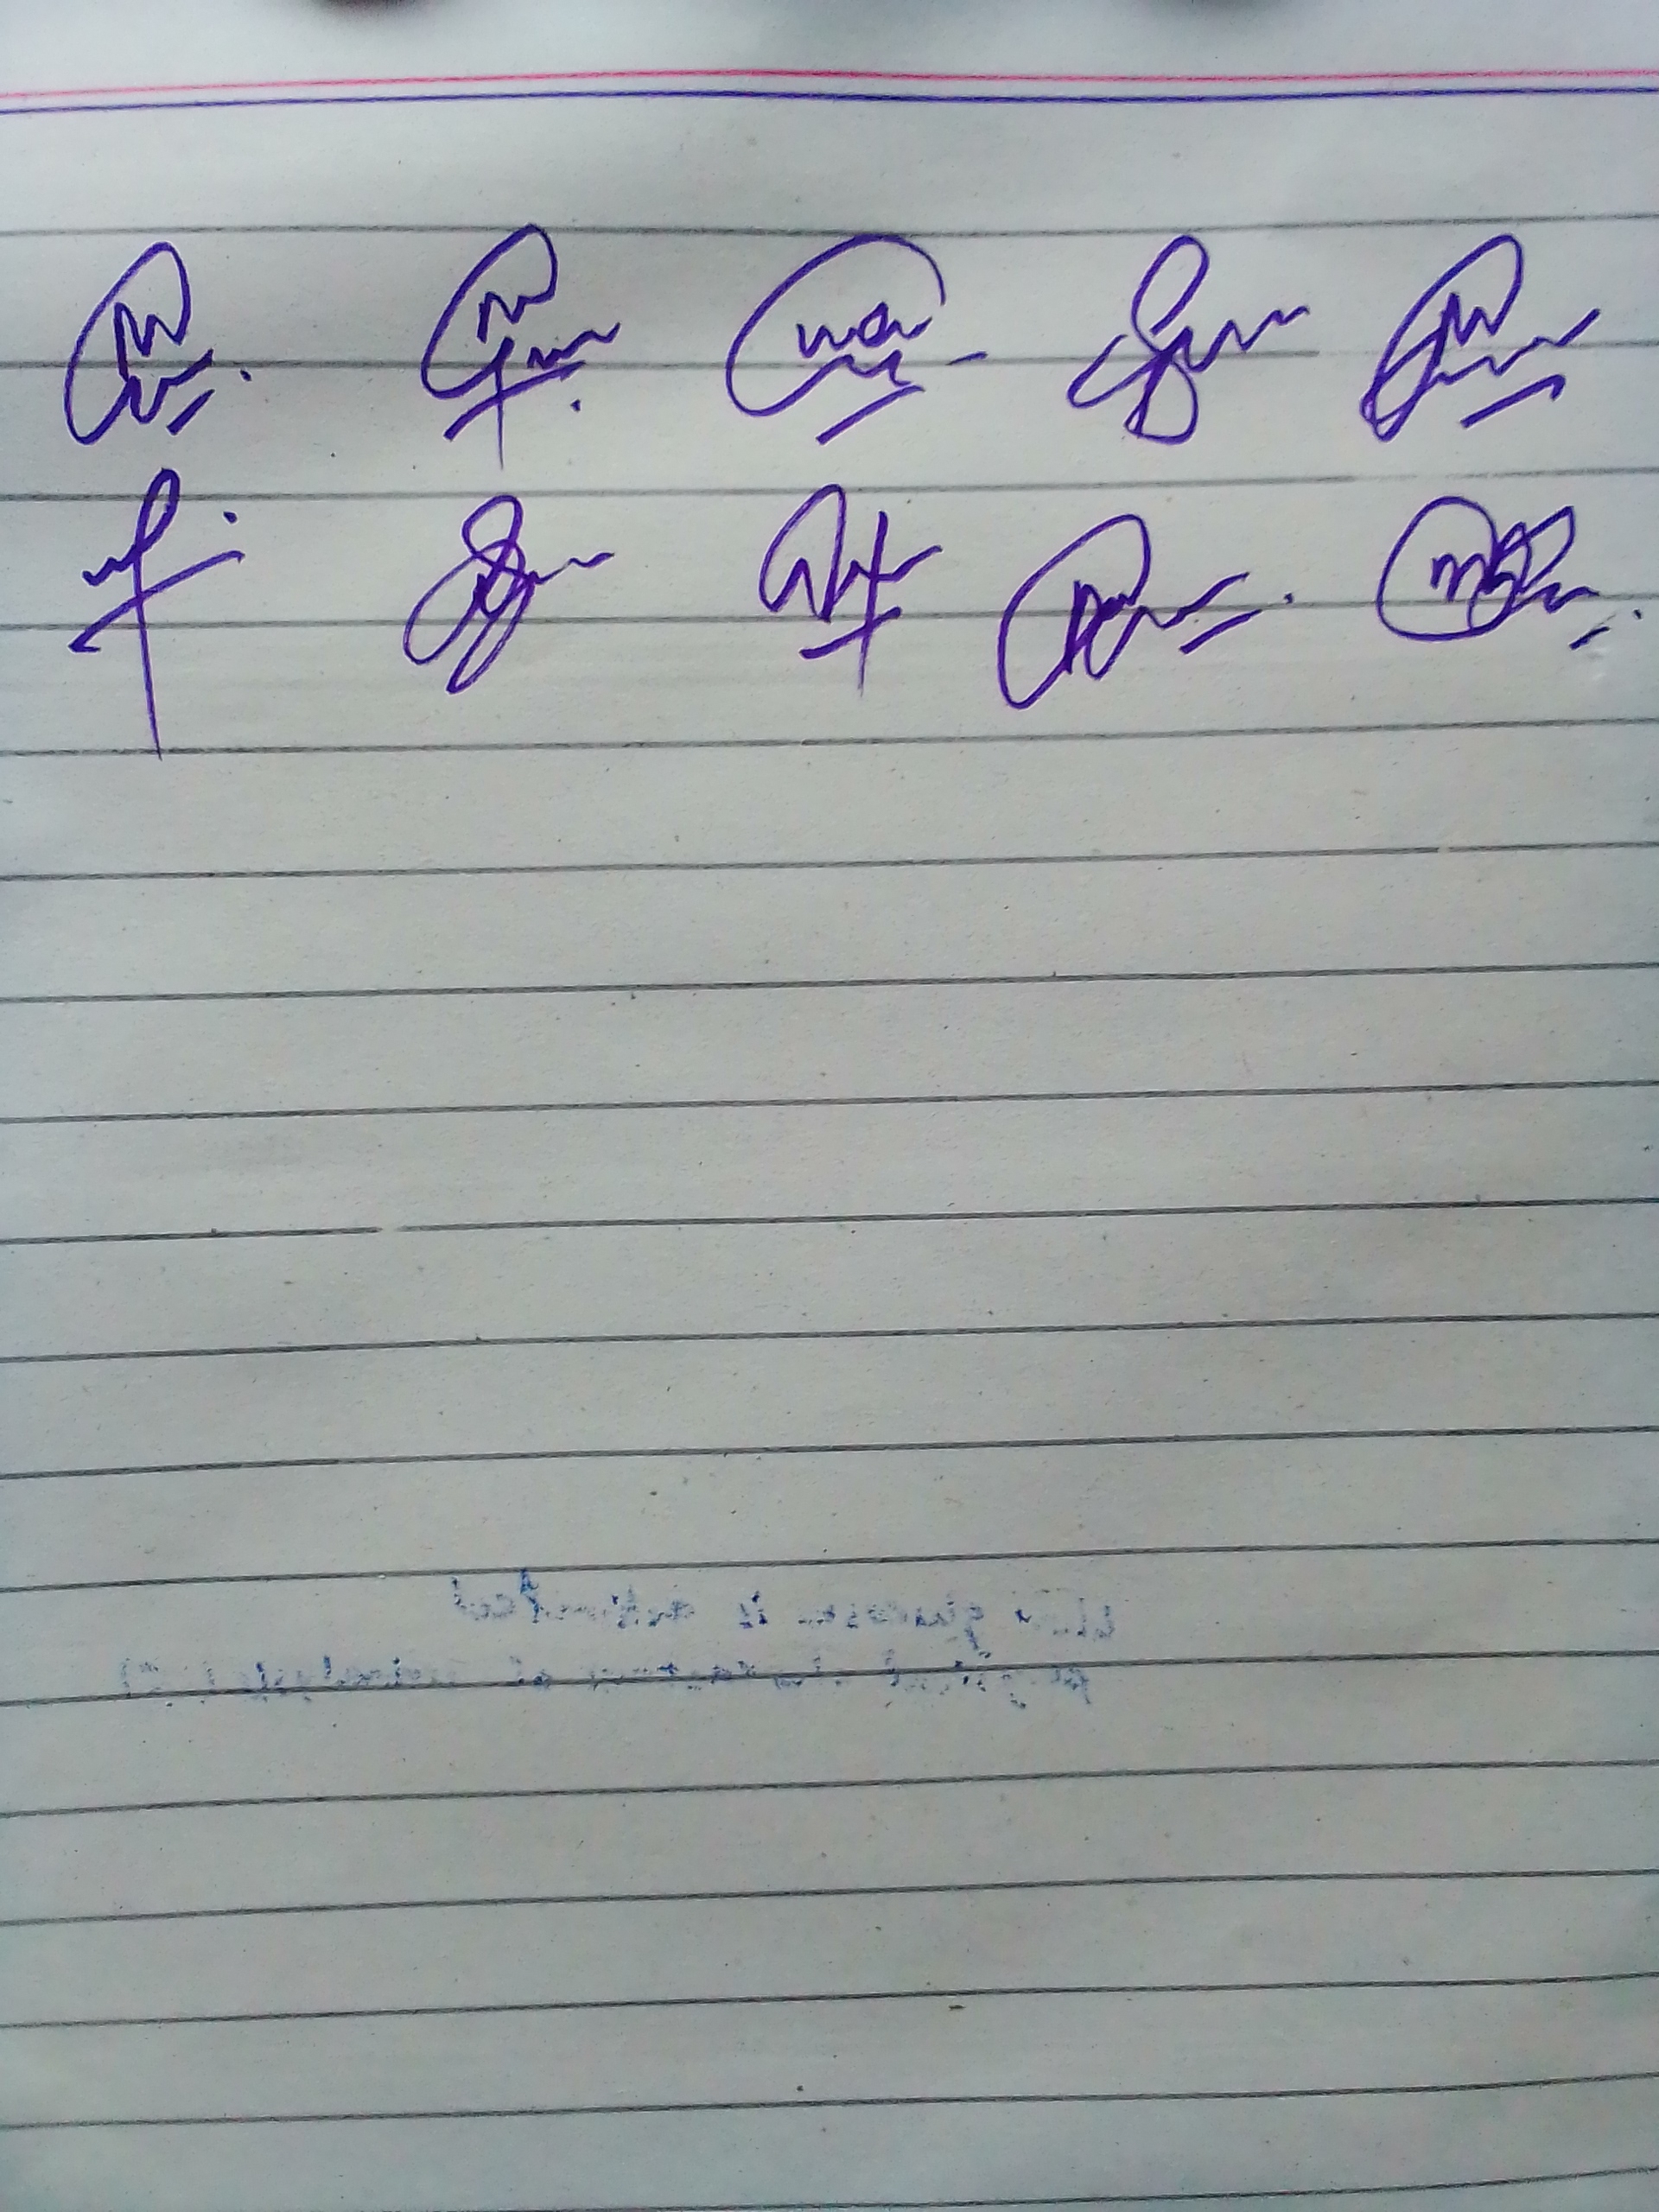
Signature authenticity: genuine